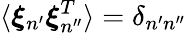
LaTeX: \langle\boldsymbol{\xi}_{n^{\prime}}\boldsymbol{\xi}_{n^{\prime\prime}}^{T}\rangle=\delta_{n^{\prime}n^{\prime\prime}}